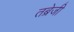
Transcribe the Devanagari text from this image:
तब्रेजी